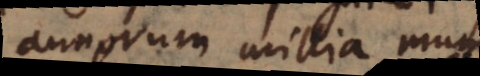
annorum millia mundum